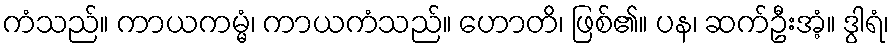
ကံသည်။ ကာယကမ္မံ၊ ကာယကံသည်။ ဟောတိ၊ ဖြစ်၏။ ပန၊ ဆက်ဦးအံ့။ ဒွါရံ၊